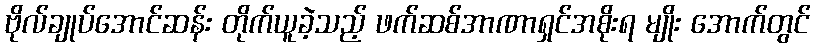
ဗိုလ်ချုပ်အောင်ဆန်း တိုက်ယူခဲ့သည့် ဖက်ဆစ်အာဏာရှင်အစိုးရ မျိုး အောက်တွင်